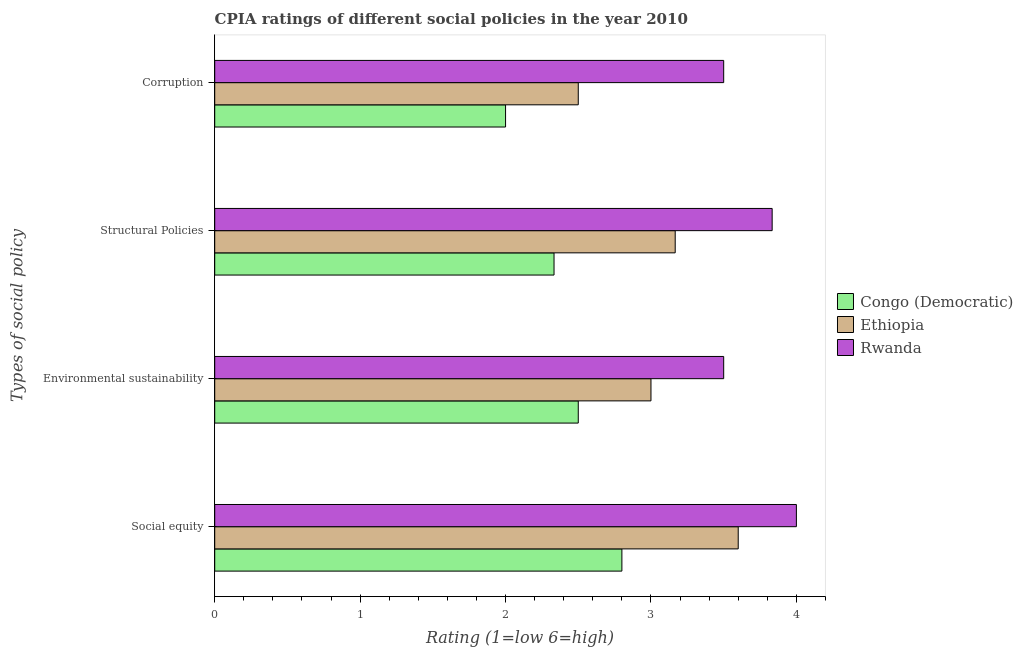
| Types of social policy | Congo (Democratic) | Ethiopia | Rwanda |
 | --- | --- | --- | --- |
 | Social equity | 2.8 | 3.6 | 4 |
 | Environmental sustainability | 2.5 | 3 | 3.5 |
 | Structural Policies | 2.33 | 3.17 | 3.83 |
 | Corruption | 2 | 2.5 | 3.5 |